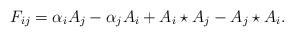
LaTeX: \begin{align*}F_{ij}=\alpha _i A_j-\alpha _j A_i+A_i\star A_j- A_j\star A_i.\end{align*}